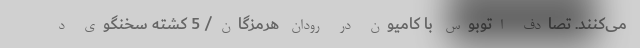
می‌کنند. تصادف اتوبوس با کامیون در رودان هرمزگان/ 5 کشته سخنگوی د